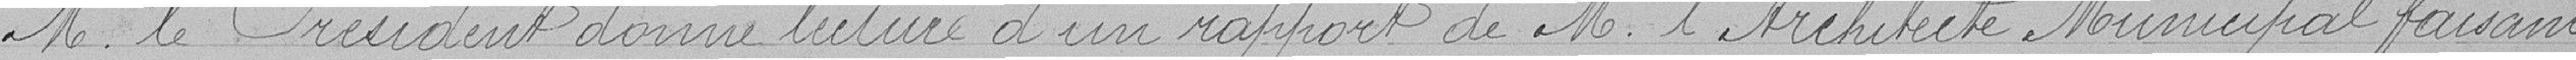
M. le Président donne lecture d'un rapport de M. l'Architecte Municipal faisant